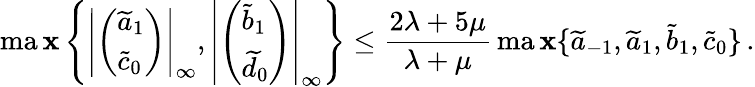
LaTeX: \operatorname*{ma\mathbf{x}}\left\{ \left|\left(\begin{array}{l}{\widetilde a_{1}}\\ {\widetilde c_{0}}\end{array}\right)\right|_{\infty},\left|\left(\begin{array}{l}{\widetilde b_{1}}\\ {\widetilde d_{0}}\end{array}\right)\right|_{\infty}\right\} \le\frac{{2\lambda+5\mu}}{{\lambda+\mu}}\operatorname*{ma\mathbf{x}}\{ \widetilde{a}_{-1},\widetilde{a}_{1},\widetilde{b}_{1},\widetilde{c}_{0}\} \, .